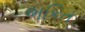
ભકિત